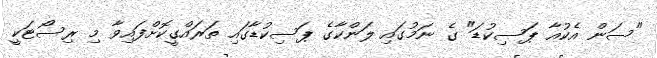
"ސަން އެކުއާ ޕަސިކުޑަ" ގެ ނަމުގައި ލަންކާގެ ޕަސިކުޑާގައި ތަރައްގީކޮށްފައިވާ މި ރިސޯޓަކީ